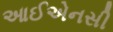
આઈએનસી